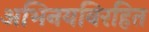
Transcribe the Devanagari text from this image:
अभिनयविरहित